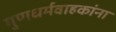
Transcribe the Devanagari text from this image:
गुणधर्मवाहकांना